Lunatic asylums United Provinces 1909-1921 - 1909-1921
Year: 1909
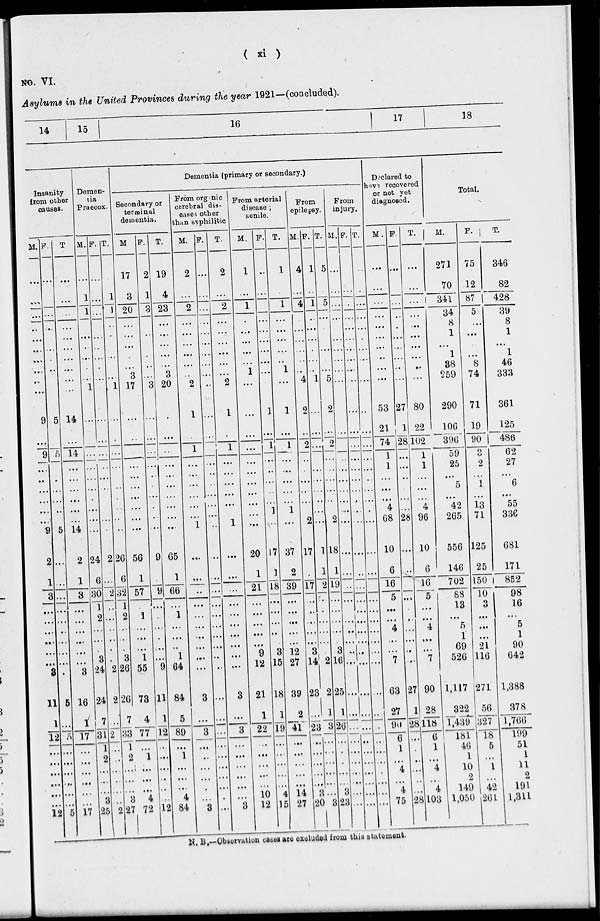
( xi )
NO. VI.
Asylums in the United Provinces during the year 1921—(concluded).
14.
15
16
17
18
Insanity
from other
causes.
M.
...
...
...
..
...
...
...
...
...
...
9
...
9
...
..
...
...
..
9
2
1
3
...
...
...
...
...
...
3
11
1
12
...
...
...
...
...
...
12
F.
...
...
..
...
...
.
...
...
...
5
...
5
.
...
...
5
...
...
...
...
...
...
...
...
...
.
5
...
5
...
...
...
...
...
...
5
T.
...
...
...
...
...
...
...
...
...
...
14
...
14
...
...
...
...
...
14
2
1
3
...
...
...
...
...
...
3
16
1
17
...
...
...
...
...
...
17
Demen-
tia
Praecox.
M.
...
1
1
...
...
...
...
...
...
...
...
...
...
...
...
...
...
...
...
24
6
30
1
2
...
...
.
3
24
24
7
31
1
2
...
...
...
3
25
F.
...
...
...
...
...
...
...
...
...
...
...
...
...
...
...
...
...
...
...
2
...
2
...
...
...
...
.
.
2
2
...
2
..
..
...
..
...
...
2
T.
.
1
1
..
.
...
...
...
...
1
...
.
...
...
.
...
...
..
26
6
32
1
2
...
...
.
3
26
26
7
33
1
2
...
...
...
3
27
Dementia (primary or secondary.)
Secondary or
terminal
dementia.
M
17
3
20
...
...
...
...
...
3
17
...
..
...
...
...
...
...
...
...
56
1
57
...
1
...
...
...
1
55
73
4
77
...
1
...
...
...
4
72
F.
2
1
3
..
...
...
...
...
3
...
...
...
...
..
...
...
...
...
9
.
9
...
.
...
.
...
...
9
11
1
12
...
...
...
...
...
...
12
T.
19
4
23
...
...
...
...
...
3
20
...
...
..
...
...
...
...
...
...
65
1
66
...
1
...
...
...
1
64
84
5
89
...
1
...
...
...
4
84
Prom organic
cerebral dis-
eases other
than syphilitic
M.
2
...
2
...
...
...
...
...
..
2
1
...
1
...
...
...
...
...
1
...
...
..
...
...
...
...
...
...
...
3
...
3
...
...
...
...
.
...
3
F.
...
...
...
...
...
...
...
...
...
..
...
...
...
...
..
...
...
...
..
...
...
...
...
...
...
...
...
..
..
...
...
...
...
...
...
...
...
.
...
T.
2
...
2
...
...
...
...
...
...
2
1
.
1
...
...
...
...
...
1
...
...
...
...
...
...
...
...
...
...
3
...
3
...
...
...
...
...
...
3
From arterial
disease ;
senile.
M.
1
...
1
.
...
...
...
...
1
...
...
...
...
...
...
...
...
...
...
20
1
21
...
...
...
...
...
9
12
21
1
22
...
...
...
...
...
10
12
F.
..
...
...
...
...
...
...
...
...
1
...
1
...
..
...
...
1
...
17
1
18
...
...
...
...
...
3
15
18
1
19
...
...
...
...
...
4
15
T.
1
...
1
...
...
...
...
...
1
...
1
...
1
...
...
...
...
1
...
37
2
39
...
...
...
...
...
12
27
39
2
41
...
...
...
...
...
14
27
From
epilepsy.
M.
4
...
4
...
...
...
...
...
...
4
2
...
2
...
...
...
...
...
2
17
.
17
...
..
...
...
...
3
14
23
...
23
...
...
...
...
...
3
20
F.
1
...
1
...
...
...
.
...
...
1
...
...
...
...
...
...
...
...
1
1
2
...
.
...
...
...
.
2
2
1
3
...
...
...
...
...
...
3
T.
5
...
5
...
...
...
...
...
...
5
2
...
2
...
...
...
...
...
2
18
1
19
...
...
...
...
...
3
16
25
1
26
...
.
...
...
...
3
23
From
injury.
M.
...
...
...
...
...
...
...
...
...
...
...
...
...
...
...
...
...
...
...
...
...
..
...
...
...
...
..
...
...
...
...
...
...
...
...
...
...
...
F.
...
.
...
...
...
...
...
...
...
...
...
...
...
...
...
...
...
...
...
...
...
...
...
...
...
...
...
...
...
...
...
...
...
...
...
...
...
...
T.
..
...
...
...
...
.
...
...
...
...
.,
...
...
...
...
...
...
...
...
...
...
...
...
...
...
...
...
...
...
...
...
...
...
...
...
...
..
...
...
Declared to
have recovered
or not yet
diagnosed.
M.
...
...
...
...
...
...
...
...
...
...
53
21
74
1
1
...
...
4
68
10
6
16
5
...
...
4
...
.
7
63
27
90
6
1
...
4
...
4
75
F.
...
...
..
.
...
...
...
..
...
27
1
28
...
...
...
...
...
28
...
..
...
...
...
...
...
...
..
...
27
1
28
...
...
...
...
...
28
T.
...
...
...
...
...
...
...
...
..
...
80
22
102
1
1
...
...
4
96
10
6
16
5
...
...
4
...
...
7
90
28
118
6
1
...
4
...
4
103
Total.
M.
271
70
341
34
8
1
...
1
38
259
290
106
396
59
25
...
5
42
265
556
146
702
88
13
...
5
1
69
526
1,117
322
1,439
181
46
1
10
2
149
1,050
F.
75
12
87
5
...
...
...
...
8
74
71
19
90
3
2
...
1
13
71
125
25
150
10
3
...
...
...
21
116
271
56
327
18
5
...
1
...
42
261
T.
346
82
428
39
8
1
...
1
46
333
361
125
486
62
27
...
6
55
336
681
171
852
98
16
...
5
1
90
642
1,388
378
1,766
199
51
1
11
2
191
1,311
N. B.—Observation cases are excluded from this statement.